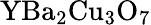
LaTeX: \mathrm{YBa_{2}Cu_{3}O_{7}}